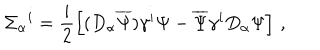
LaTeX: \Sigma _ { \alpha } { } ^ { i } = \frac { i } { 2 } \left[ ( D _ { \alpha } \overline { { { \Psi } } } ) \gamma ^ { i } \Psi - \overline { { { \Psi } } } \gamma ^ { i } D _ { \alpha } \Psi \right] \, ,